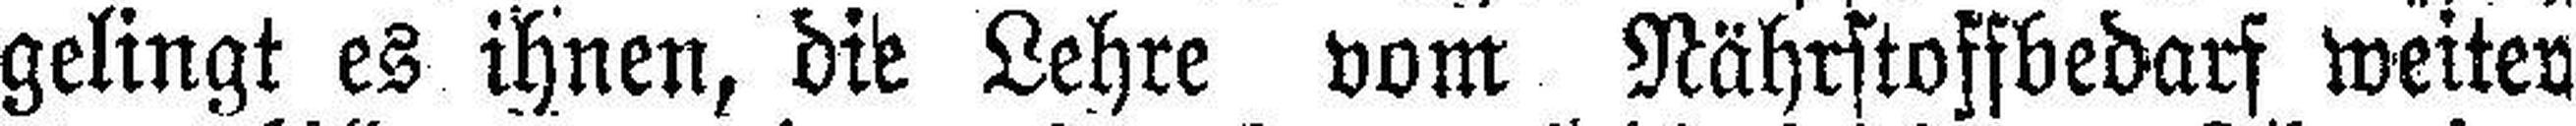
gelingt es ihnen, die Lehre vom Nährstoffbedarf weiter